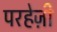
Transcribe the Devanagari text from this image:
परहेज़ी